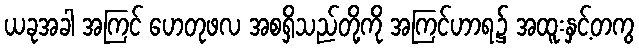
ယခုအခါ အကြင် ဟေတုဖလ အစရှိသည်တို့ကို အကြင်ဟာရ၌ အထူးနှင့်တကွ